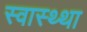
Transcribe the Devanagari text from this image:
स्वास्थ्था